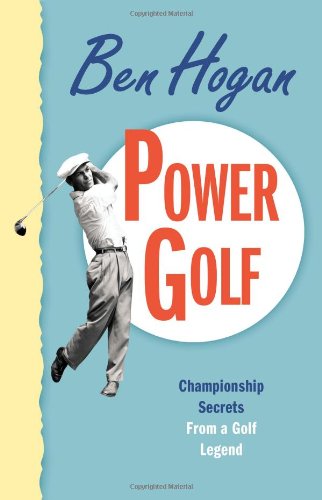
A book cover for Power Golf; Ben Hogan; Sports & Outdoors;